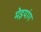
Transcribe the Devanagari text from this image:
मेइयांग